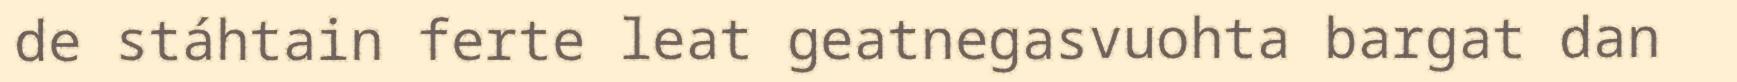
de stáhtain ferte leat geatnegasvuohta bargat dan